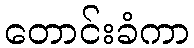
တောင်းခံကာ